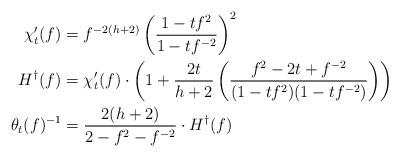
LaTeX: \begin{align*}\chi_t'(f) &= f^{-2(h+2)} \left( \frac{1-t f^2}{1-tf^{-2}} \right)^2 \\H^\dagger(f) &= \chi'_t(f) \cdot \left( 1 + \frac{2t}{h+2} \left( \frac{f^2 - 2t + f^{-2}}{(1-tf^2)(1-tf^{-2})} \right) \right) \\\theta_t(f)^{-1} &= \frac{2(h+2)}{2-f^2 - f^{-2}} \cdot H^\dagger(f)\end{align*}